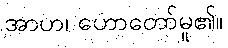
အာဟ၊ ဟောတော်မူ၏။